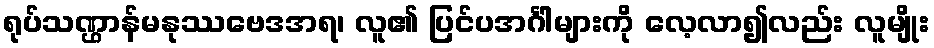
ရုပ်သဏ္ဌာန်မနုဿဗေဒအရ၊ လူ၏ ပြင်ပအင်္ဂါများကို လေ့လာ၍လည်း လူမျိုး